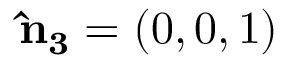
{ \bf \hat { n } _ { 3 } } = ( 0 , 0 , 1 )